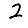
Digit: 2